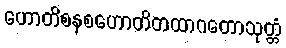
ဟောတိစနစဟောတိတထာဂတောသုတ္တံ